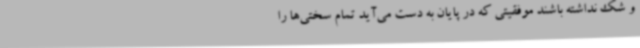
و شک نداشته باشند موفقیتی که در پایان به دست می‌آید تمام سختی‌ها را